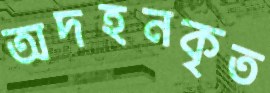
অদহনকৃত